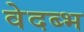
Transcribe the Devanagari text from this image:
वेदब्भ